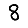
Digit: 8